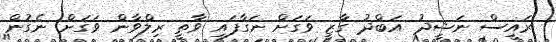
ރައީސް ނަޝީދު އަބްދު ގާޒީ ވަގަށް ނަގާފައި ވާތީ ރިލްވާން ވަގަށް ނެގުން